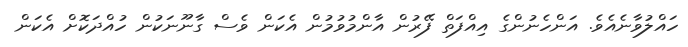
ހައްލުވާނެއެވެ. އަންހެނުންގެ އިއްފަތް ފޭރުން އާންމުވުމުން އެކަން ވެސް ގާނޫނަކުން ހުއްދަކޮށް އެކަން